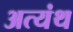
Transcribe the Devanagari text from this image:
अत्यंथ